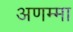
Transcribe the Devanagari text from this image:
अणम्मा